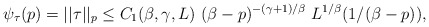
\begin{align*} \psi_{\tau}(p) = ||\tau||_p \le C_1(\beta,\gamma,L) \ (\beta - p)^{-(\gamma + 1)/\beta} \ L^{1/\beta}(1/(\beta - p)),\end{align*}